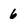
Character: 6